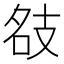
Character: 𢻇